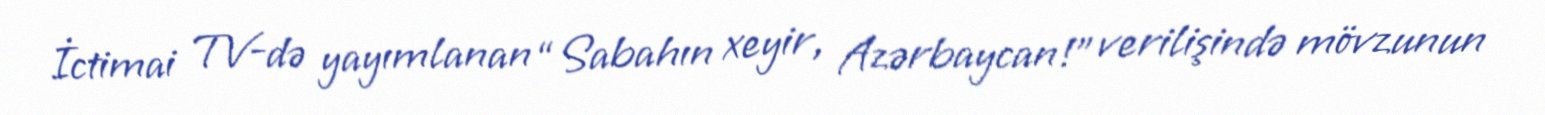
İctimai TV-də yayımlanan “Sabahın xeyir, Azərbaycan!” verilişində mövzunun